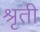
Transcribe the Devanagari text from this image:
श्रृती